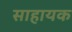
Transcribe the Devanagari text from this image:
साहायक